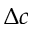
\Delta c